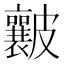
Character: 𥀶